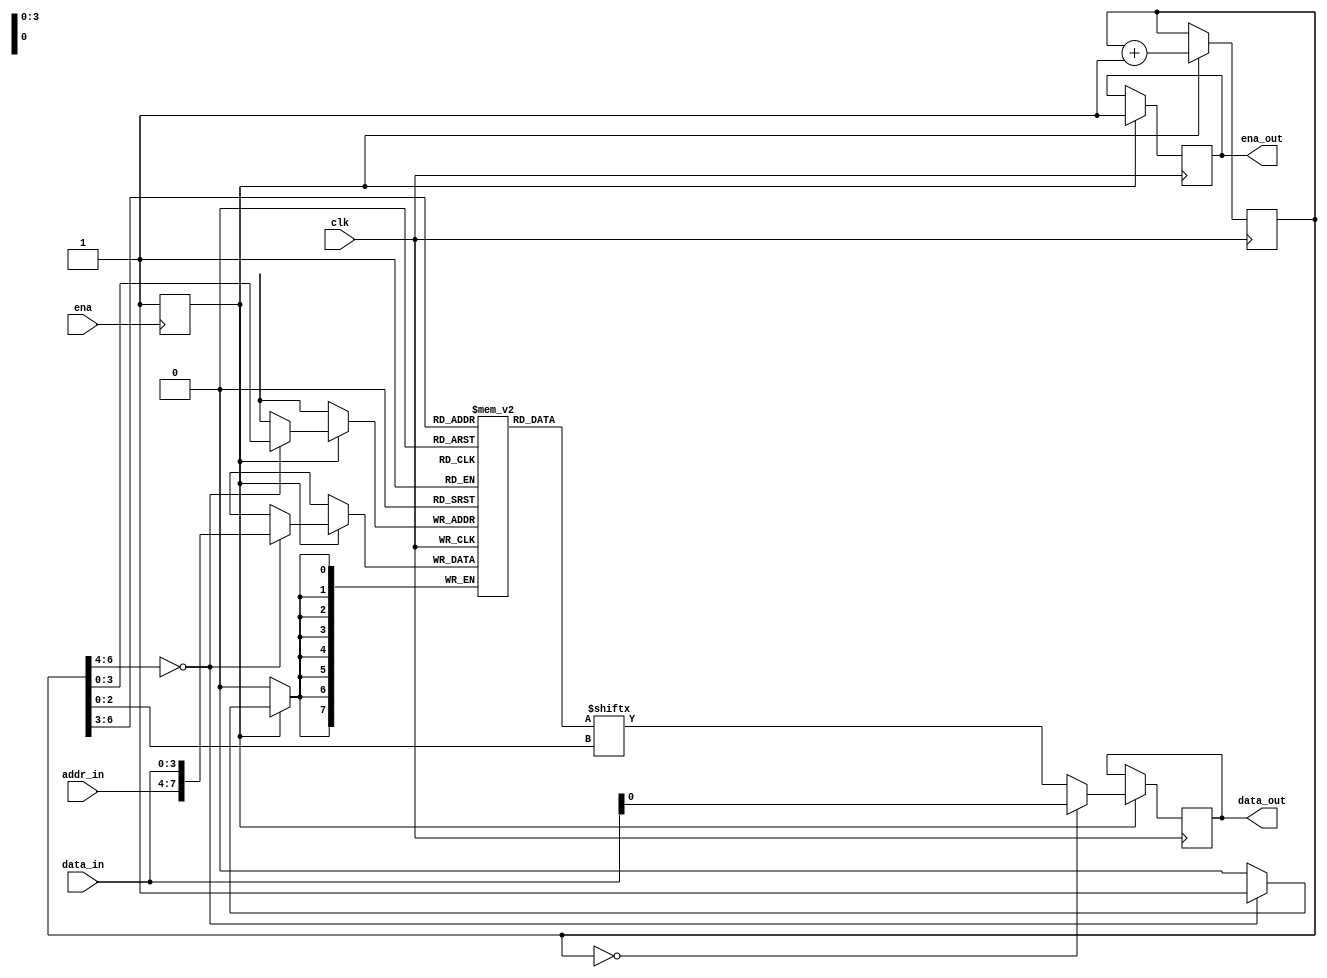
module buffer (
    // output reg flag,                // debug only
    // output reg [6:0] cnt,           // debug only
    input clk, ena,
    input [3:0] addr_in, data_in,
    output reg ena_out, data_out
);
    reg flag;               // non debugging only
    reg [6:0] cnt;          // non debugging only
    reg [7:0] data [15:0];
    initial begin
        flag <= 1'b0;
        cnt <= 7'b0000000;
        ena_out <= 1'b0;
    end
    always @ (posedge ena) flag = 1'b1;
    // // allow read-during-write behavior
    // always @ (posedge clk) if (flag) begin
    //     if (!cnt[6:4]) data[cnt[3:0]] = {addr_in, data_in};
    //     data_out = data[cnt[6:3]][cnt[2:0]];
    //     cnt = cnt + 1'b1;
    //     ena_out = 1'b1;
    // end
    // avoid read-during-write behavior
    always @ (posedge clk) if (flag) begin
        if (!cnt) data_out <= data_in[0];
        else data_out <= data[cnt[6:3]][cnt[2:0]];
    end
    always @ (posedge clk) if (flag) begin
        if (!cnt[6:4]) data[cnt[3:0]] = {addr_in, data_in};
        cnt = cnt + 1'b1;
        ena_out = 1'b1;
    end
endmodule